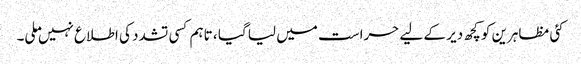
کئی مظاہرین کو کچھ دیر کے لیے حراست میں لیا گیا ، تاہم کسی تشدد کی اطلاع نہیں ملی۔